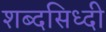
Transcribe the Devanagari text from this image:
शब्दसिध्दी